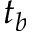
t _ { b }